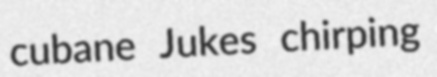
cubane Jukes chirping